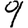
Digit: 9